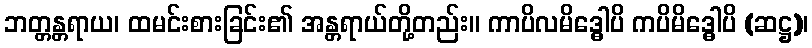
ဘတ္တန္တရာယ၊ ထမင်းစားခြင်း၏ အန္တရာယ်တို့တည်း။ ကာပိလမိဒ္ဓေါပိ ကပိမိဒ္ဓေါပိ (ဆဋ္ဌ)၊